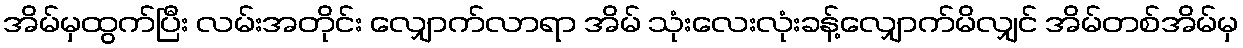
အိမ်မှထွက်ပြီး လမ်းအတိုင်း လျှောက်လာရာ အိမ် သုံးလေးလုံးခန့်လျှောက်မိလျှင် အိမ်တစ်အိမ်မှ